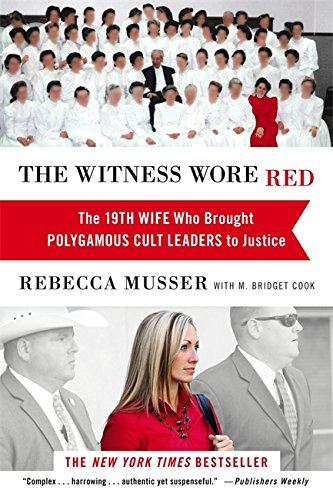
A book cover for The Witness Wore Red: The 19th Wife Who Brought Polygamous Cult Leaders to Justice; Rebecca Musser; Christian Books & Bibles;